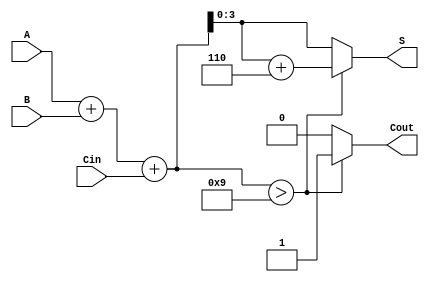
module BCD_Asynchronous_Adder (
    input [3:0] A,      // First BCD digit
    input [3:0] B,      // Second BCD digit
    input Cin,          // Carry-in
    output reg [3:0] S, // BCD sum output
    output reg Cout     // Carry-out
);

    wire [4:0] sum;     // 5-bit sum to accommodate carry
    wire adjust;        // Flag to indicate if adjustment is needed
    wire [4:0] adjusted_sum; // Adjusted sum after adding 6 if necessary

    // Step 1: Binary addition of A, B and Cin
    assign sum = A + B + Cin;

    // Step 2: Check if adjustment is needed
    assign adjust = sum > 9;

    // Step 3: Adjusted sum calculation
    assign adjusted_sum = sum + 5'b0110; // Adding 6 if adjustment is needed

    always @(*) begin
        if (adjust) begin
            S = adjusted_sum[3:0]; // Valid BCD result
            Cout = 1;               // Set carry-out if adjustment was needed
        end else begin
            S = sum[3:0];           // Valid BCD result without adjustment
            Cout = 0;               // No carry-out
        end
    end

endmodule